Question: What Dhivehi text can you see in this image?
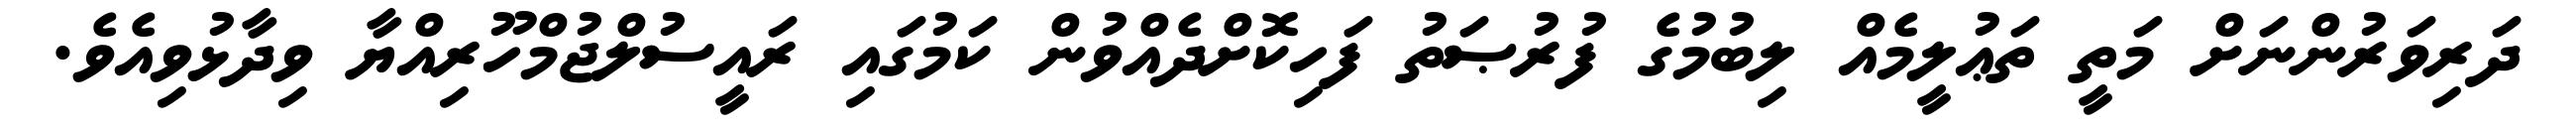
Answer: ދަރިވަރުންނަށް މަތީ ތަޢުލީމެއް ލިބުމުގެ ފުރުޞަތު ފަހިކޮށްދެއްވުން ކަމުގައި ރައީސުލްޖުމްހޫރިއްޔާ ވިދާޅުވިއެވެ.